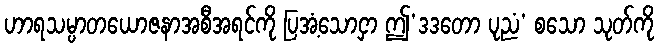
ဟာရသမ္ပာတယောဇနာအစီအရင်ကို ပြအံ့သောငှာ ဤ’ဒဒတော ပုညံ’ စသော သုတ်ကို